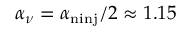
\alpha _ { \nu } = \alpha _ { \mathrm { n { i n j } } } / 2 \approx 1 . 1 5